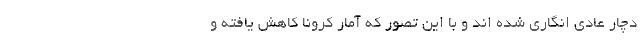
دچار عادی انگاری شده اند و با این تصور که آمار کرونا کاهش یافته و